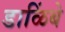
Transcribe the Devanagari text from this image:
डाळिंबे